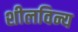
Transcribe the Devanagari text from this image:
शीलविन्य